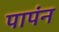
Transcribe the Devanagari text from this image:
पापंन